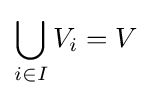
\bigcup _{i\in I}V_{i}=V